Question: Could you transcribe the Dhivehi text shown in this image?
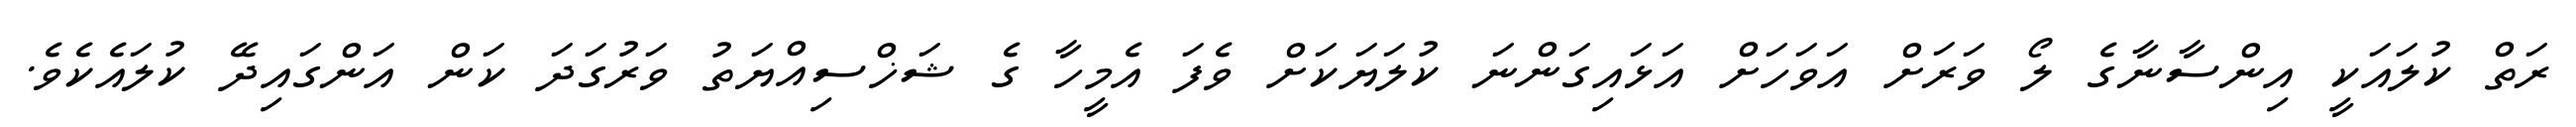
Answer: ރަތް ކުލައަކީ އިންސާނާގެ ލޯ ވަރަށް އަވަހަށް އަޅައިގަންނަ ކުލަޔަކަށް ވެފަ އެމީހާ ގެ ޝަޚްސިއްޔަތު ވަރުގަދަ ކަން އަންގައިދޭ ކުލައެކެވެ.